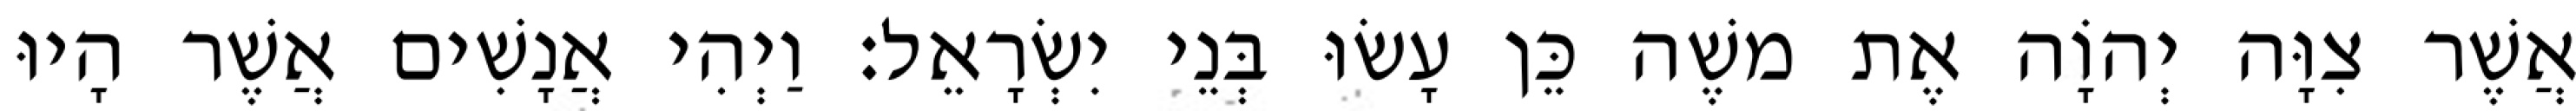
אֲשֶׁר צִוָּה יְהוָֹה אֶת משֶׁה כֵּן עָשׂוּ בְּנֵי יִשְׂרָאֵל׃ וַיְהִי אֲנָשִׁים אֲשֶׁר הָיוּ